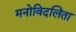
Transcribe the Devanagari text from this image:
मनोविदलिता